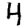
Digit: 4